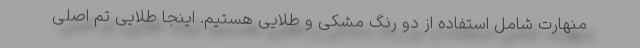
منهارت شامل استفاده از دو رنگ مشکی و طلایی هستیم. اینجا طلایی تم اصلی